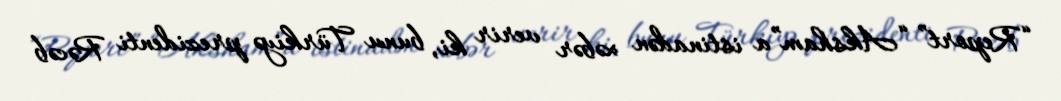
“Report” “Aksham”a istinadən xəbər verir ki, bunu Türkiyə prezidenti Rəcəb